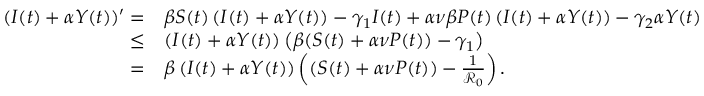
\begin{array} { r l } { ( I ( t ) + \alpha Y ( t ) ) ^ { \prime } = } & { \beta S ( t ) \left( I ( t ) + \alpha Y ( t ) \right) - \gamma _ { 1 } I ( t ) + \alpha \nu \beta P ( t ) \left( I ( t ) + \alpha Y ( t ) \right) - \gamma _ { 2 } \alpha Y ( t ) } \\ { \leq } & { \left( I ( t ) + \alpha Y ( t ) \right) \left( \beta ( S ( t ) + \alpha \nu P ( t ) ) - \gamma _ { 1 } \right) } \\ { = } & { \beta \left( I ( t ) + \alpha Y ( t ) \right) \left( ( S ( t ) + \alpha \nu P ( t ) ) - \frac { 1 } { \mathcal { R } _ { 0 } } \right) . } \end{array}